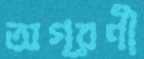
অগ্রণী